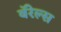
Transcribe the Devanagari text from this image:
बॅरेल्स